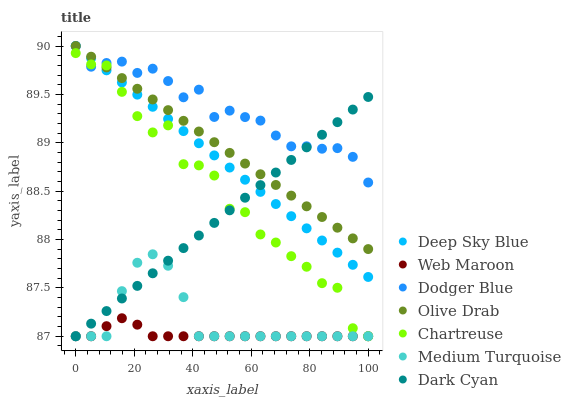
| xaxis_label | Deep Sky Blue | Web Maroon | Dodger Blue | Olive Drab | Chartreuse | Medium Turquoise | Dark Cyan |
 | --- | --- | --- | --- | --- | --- | --- | --- |
 | 0 | 90 | 87 | 90 | 90 | 89.9 | 87 | 87 |
 | 5.26 | 89.9 | 87 | 89.8 | 89.9 | 89.8 | 87 | 87.1 |
 | 10.5 | 89.7 | 87.1 | 89.8 | 89.8 | 89.8 | 87 | 87.3 |
 | 15.8 | 89.6 | 87.2 | 89.8 | 89.7 | 89.5 | 87.5 | 87.4 |
 | 21.1 | 89.5 | 87.1 | 89.7 | 89.6 | 89.3 | 87.8 | 87.5 |
 | 26.3 | 89.4 | 87 | 89.8 | 89.4 | 89.1 | 87.8 | 87.7 |
 | 31.6 | 89.2 | 87 | 89.6 | 89.3 | 89.2 | 87.7 | 87.8 |
 | 36.8 | 89.1 | 87 | 89.5 | 89.2 | 88.8 | 87.4 | 87.9 |
 | 42.1 | 89 | 87 | 89.5 | 89.1 | 88.8 | 87 | 88 |
 | 47.4 | 88.9 | 87 | 89.3 | 89 | 88.7 | 87 | 88.2 |
 | 52.6 | 88.7 | 87 | 89.3 | 88.9 | 88.3 | 87 | 88.3 |
 | 57.9 | 88.6 | 87 | 89.3 | 88.8 | 88.3 | 87 | 88.4 |
 | 63.2 | 88.5 | 87 | 89.2 | 88.7 | 88.1 | 87 | 88.6 |
 | 68.4 | 88.4 | 87 | 89.1 | 88.6 | 88 | 87 | 88.7 |
 | 73.7 | 88.2 | 87 | 89 | 88.5 | 87.8 | 87 | 88.8 |
 | 78.9 | 88.1 | 87 | 89 | 88.3 | 87.7 | 87 | 89 |
 | 84.2 | 88 | 87 | 88.9 | 88.2 | 87.5 | 87 | 89.1 |
 | 89.5 | 87.9 | 87 | 88.9 | 88.1 | 87.5 | 87 | 89.2 |
 | 94.7 | 87.7 | 87 | 88.9 | 88 | 87.1 | 87 | 89.3 |
 | 100 | 87.6 | 87 | 88.6 | 87.9 | 87 | 87 | 89.5 |